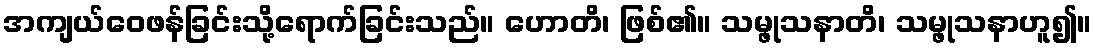
အကျယ်ဝေဖန်ခြင်းသို့ရောက်ခြင်းသည်။ ဟောတိ၊ ဖြစ်၏။ သမ္ဖုသနာတိ၊ သမ္ဖုသနာဟူ၍။